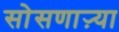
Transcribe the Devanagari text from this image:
सोसणाऱ्या